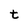
Character: t